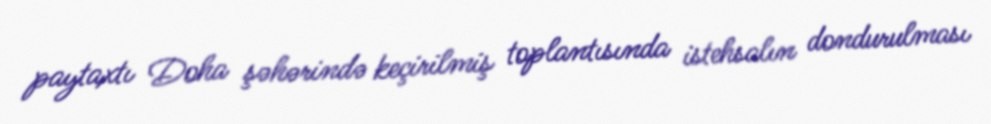
paytaxtı Doha şəhərində keçirilmiş toplantısında istehsalın dondurulması